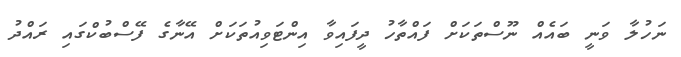
ނަހުލާ ވަނީ ބައެއް ނޫސްތަކަށް ފައްތާހު ދީފައިވާ އިންޓަވިއުތަކަށް އޭނާގެ ފޭސްބުކްގައި ރައްދު